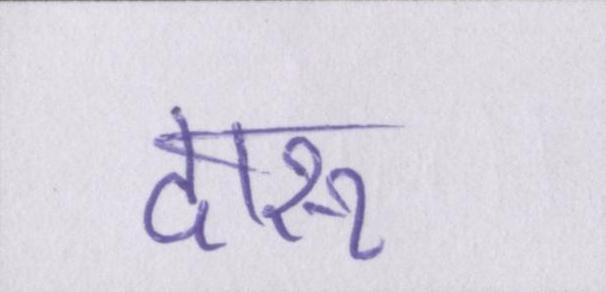
दारू